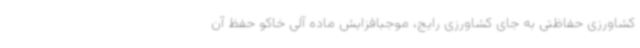
کشاورزی حفاظتی به جای کشاورزی رایج، موجبافزایش ماده آلی خاکو حفظ آن